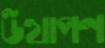
উত্থাপণ